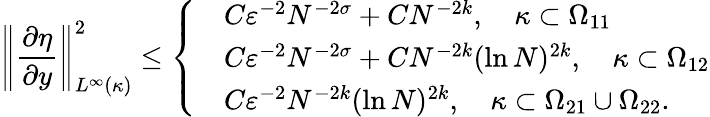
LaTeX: \left\Vert\frac{\partial\eta}{\partial y}\right\Vert_{L^{\infty}(\kappa)}^{2}\le\left\{ \begin{array}{rl}&{C\varepsilon^{-2}N^{-2\sigma}+CN^{-2k},\quad\kappa\subset\Omega_{11}}\\ &{C\varepsilon^{-2}N^{-2\sigma}+CN^{-2k}(\ln N)^{2k},\quad\kappa\subset\Omega_{12}}\\ &{C\varepsilon^{-2}N^{-2k}(\ln N)^{2k},\quad\kappa\subset\Omega_{21}\cup\Omega_{22}.}\end{array}\right.